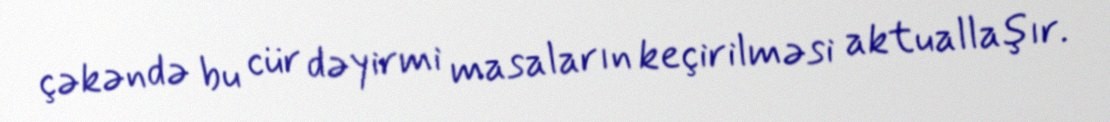
çəkəndə bu cür dəyirmi masaların keçirilməsi aktuallaşır.